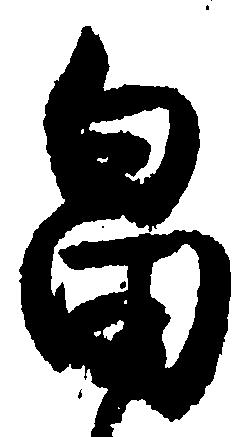
畠